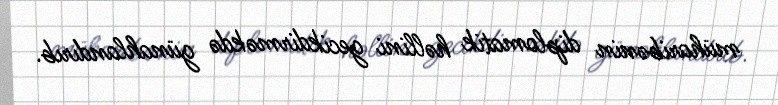
müharibənin diplomatik həllini gecikdirməkdə günahlandırıb.